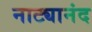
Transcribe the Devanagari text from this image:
नाट्यानंद